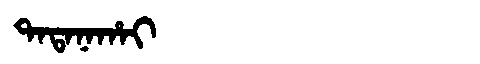
Manchu: ᡨᠠᡨᠠᠨᠠᡥᠠᡳ
Romanization: TATANAHAI